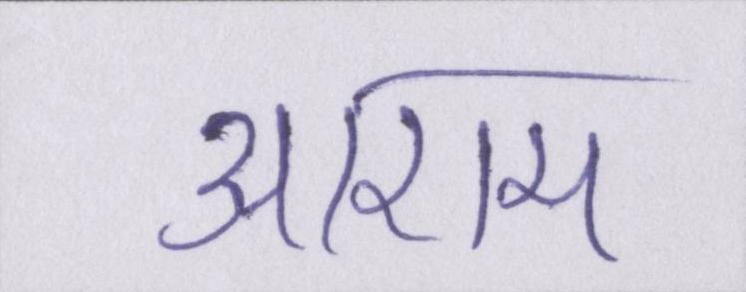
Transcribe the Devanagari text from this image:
आराम